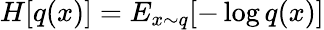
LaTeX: H[q(x)]=E_{x\sim q}[-\log q(x)]